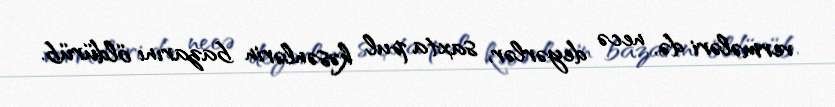
vermələri də, necə deyərlər, saxta pul kəsənlərin bazarını öldürüb.